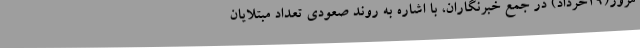
مروز(19خرداد) در جمع خبرنگاران، با اشاره به روند صعودی تعداد مبتلایان